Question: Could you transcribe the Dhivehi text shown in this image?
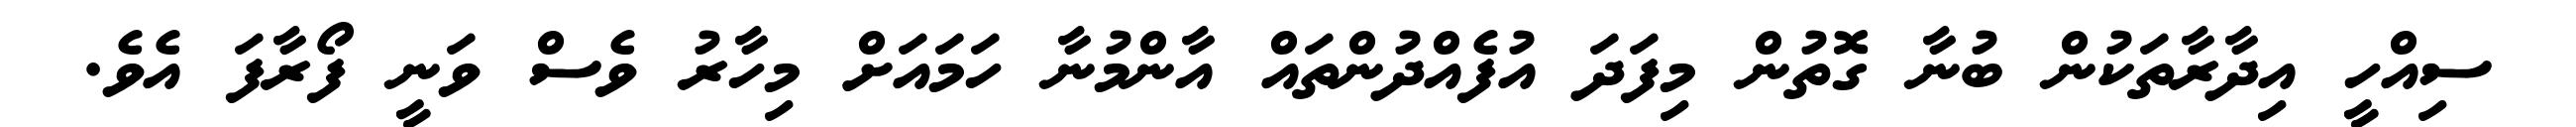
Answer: ސިއްހީ އިދާރާތަކުން ބުނާ ގޮތުން މިފަދަ އުފެއްދުންތައް އާންމުނާ ހަމައަށް މިހާރު ވެސް ވަނީ ފޯރާފަ އެވެ.